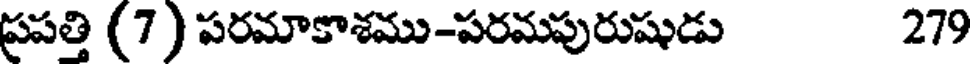
ప్రపత్తి (7 ) పరమాకాశము-పరమపురుషుడు 279